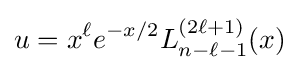
u=x^{\ell }e^{-x/2}L_{n-\ell -1}^{(2\ell +1)}(x)